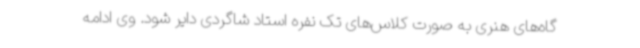
گاه‌های هنری به صورت کلاس‌های تک نفره استاد شاگردی دایر شود. وی ادامه